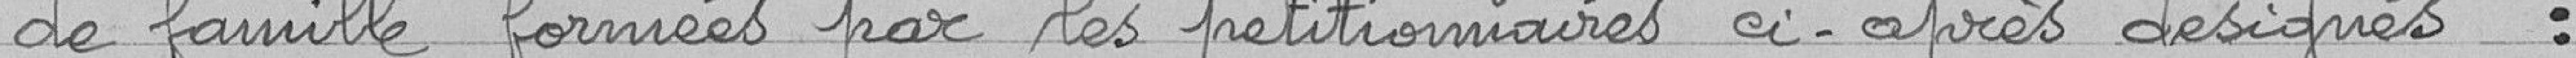
de famille formées par les pétitionnaires ci-après désignés :